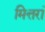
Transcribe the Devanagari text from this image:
मित्तरां